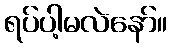
ရပ်ပါ့မလဲနော်။